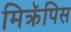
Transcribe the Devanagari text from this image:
मिक्रॅपिस